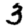
Digit: 3